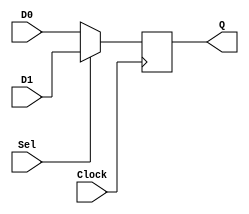
/* mux for use in homework 4.
 *
 * Inputs:
 *   D0    - first signal bit
 *   D1    - second signal bit
 *   Sel   - input selector
 *   Clock - should be connected to a 50 MHz clock
 *
 * Outputs:
 *   Q     - selected signal bit
 */
module muxdff (D0, D1, Sel, Clock, Q);
	input D0, D1, Sel, Clock;
	output reg Q;

	always @(posedge Clock)
	 	if (!Sel)
			Q <= D0;
		else 
			Q <= D1;
		
endmodule